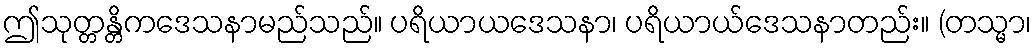
ဤသုတ္တန္တိကဒေသနာမည်သည်။ ပရိယာယဒေသနာ၊ ပရိယာယ်ဒေသနာတည်း။ (တသ္မာ၊